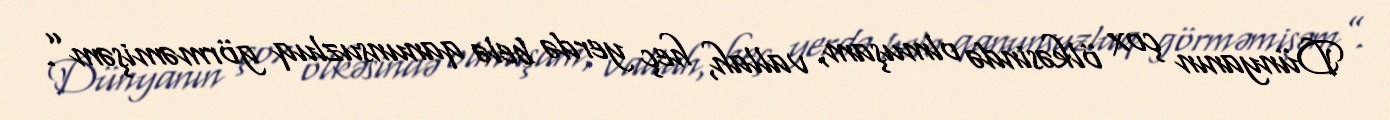
Dünyanın çox ölkəsində olmuşam, vallah, heç yerdə belə qanunsuzluq görməmişəm”.